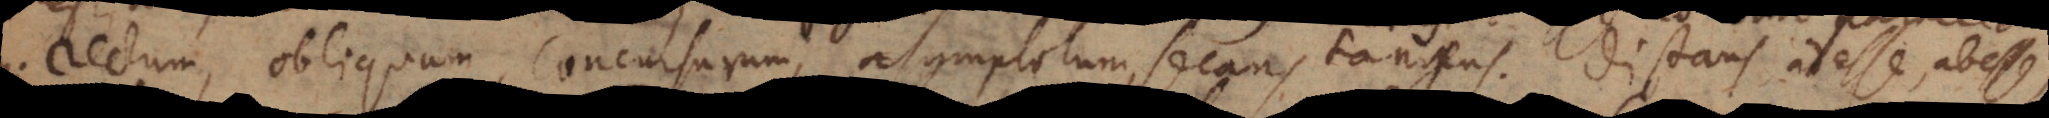
um, concursum, asymptotum, secans tangens. Distans, adesse, abesse,